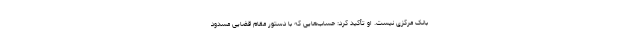
بانک مرکزی نیست. او تأکید کرد: حساب‌هایی که با دستور مقام قضایی مسدود